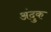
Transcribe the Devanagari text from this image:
अंदुक